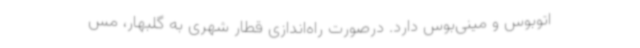
اتوبوس و مینی‌بوس دارد. درصورت راه‌اندازی قطار شهری به گلبهار، مس